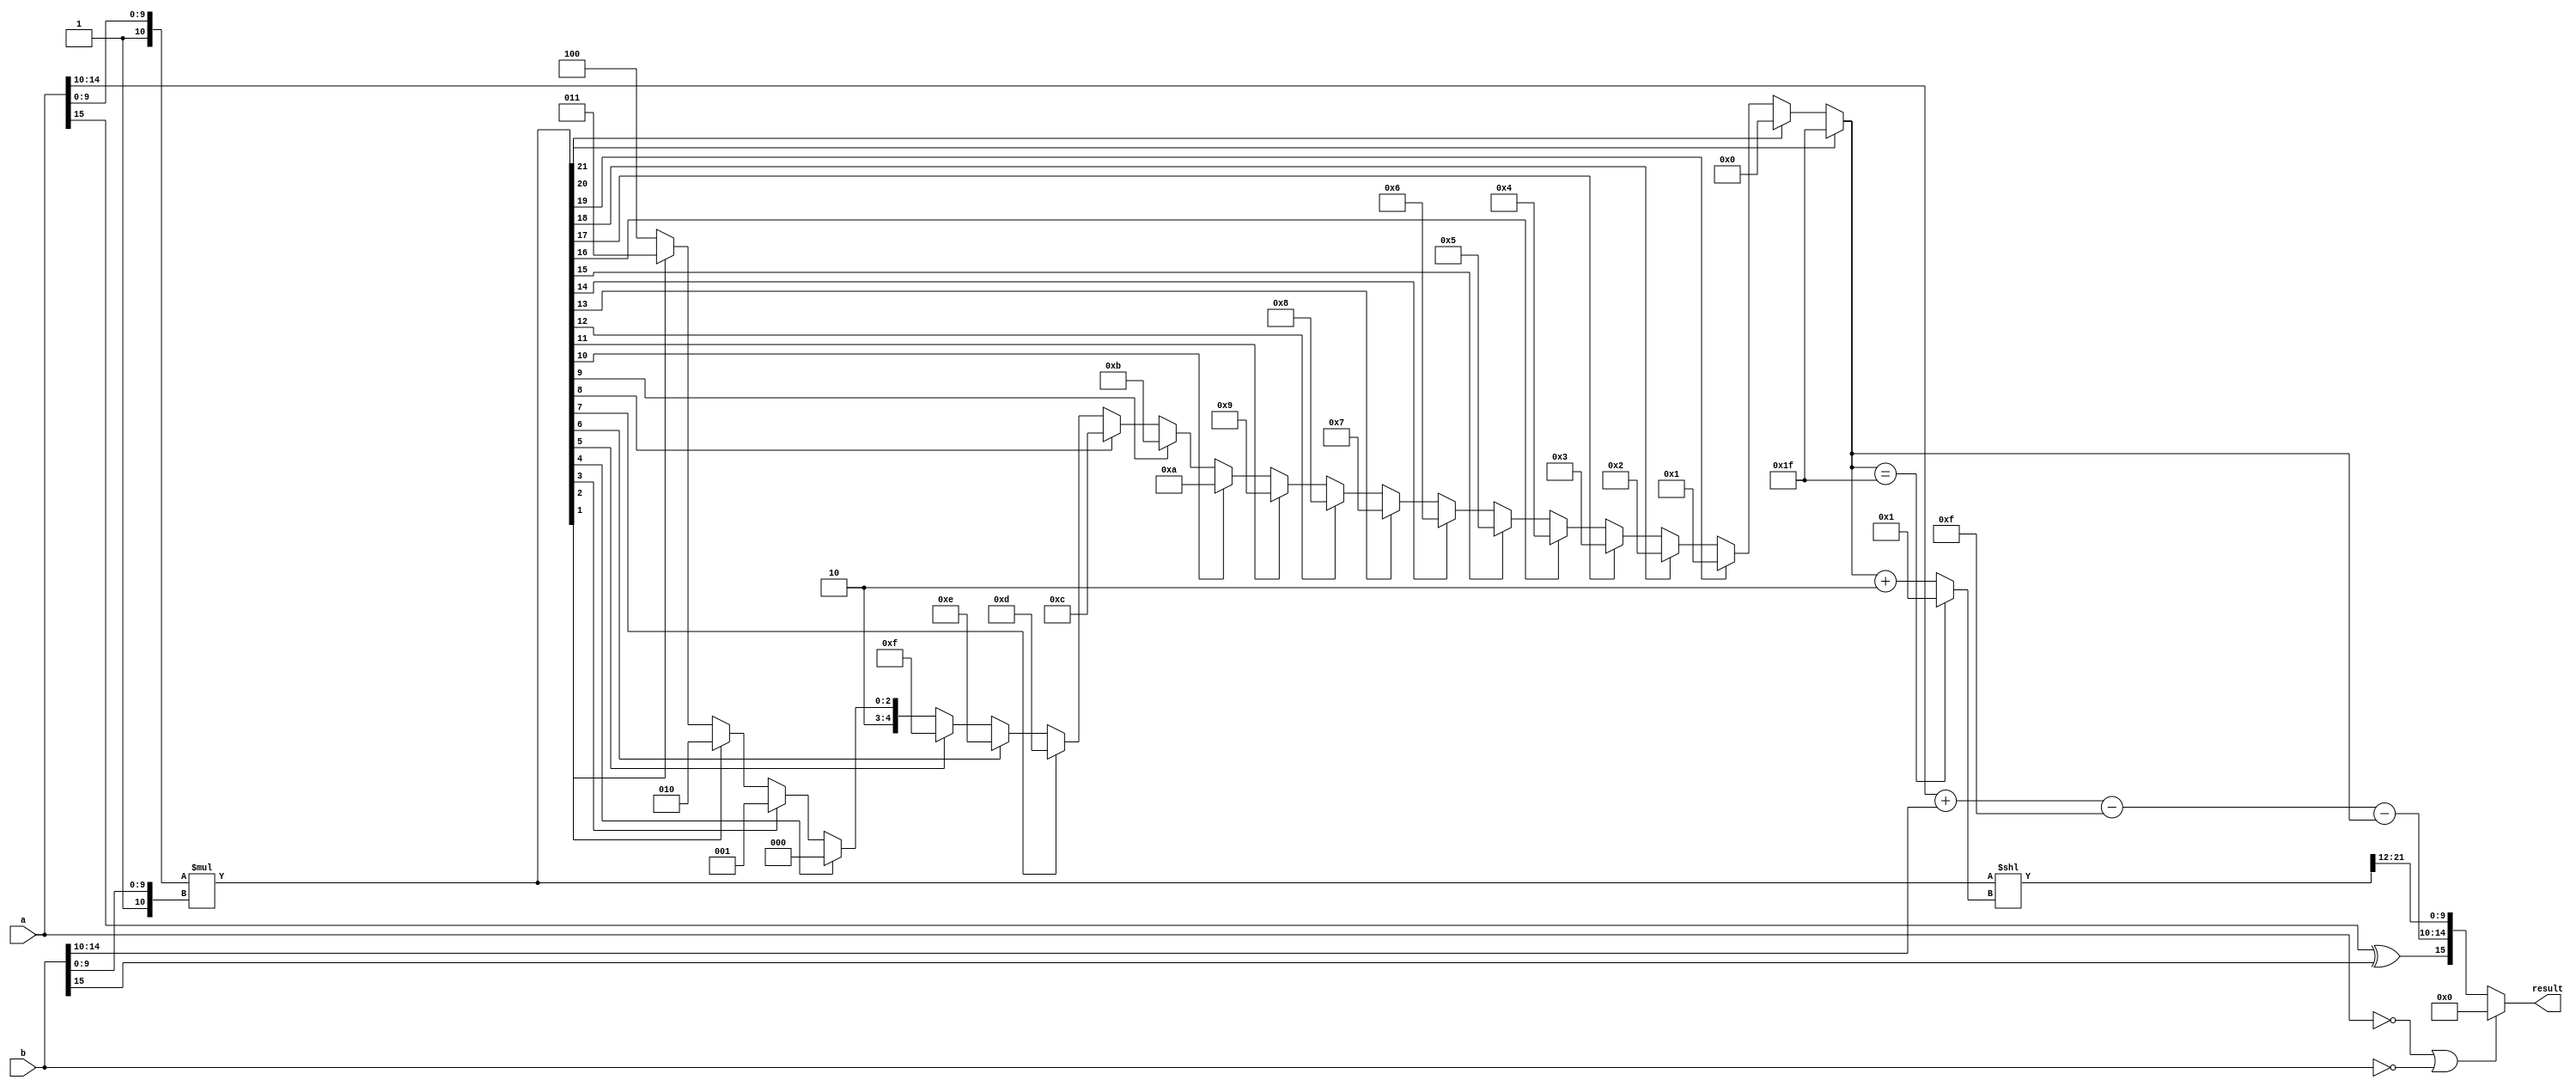
module Multiply (a, b, result);
  input [15:0] a, b;
  output [15:0] result;
  
  wire [10:0] c1, c2;
  wire [21:0] temp, temp1;
  wire [15:0] re, fb;
  wire [4:0] ex;
  
  assign re[15] = a[15] ^ b[15];

  
  assign c1[10] = 1;
  assign c1[9:0] = a[9:0];
  
  assign c2[10] = 1;
  assign c2[9:0] = b[9:0];
  
  assign temp = c1 * c2;
  assign ex = temp[21] ? 5'h1f: //-1
              temp[20] ? 5'd0:
              temp[19] ? 5'd1:
              temp[18] ? 5'd2:
              temp[17] ? 5'd3:
              temp[16] ? 5'd4:
              temp[15] ? 5'd5:
              temp[14] ? 5'd6:
              temp[13] ? 5'd7:
              temp[12] ? 5'd8:
              temp[11] ? 5'd9:
              temp[10] ? 5'd10:
              temp[9] ? 5'd11:
              temp[8] ? 5'd12:
              temp[7] ? 5'd13:
              temp[6] ? 5'd14:
              temp[5] ? 5'd15:
              temp[4] ? 5'd16:
              temp[3] ? 5'd17:
              temp[2] ? 5'd18:
              temp[1] ? 5'd19: 5'd20;
  assign temp1 = temp << (ex == 5'h1f ? 1: (ex + 2));
  assign re[9:0] = temp1[21:12];
  assign re[14:10] = a[14:10] + b[14:10] - 5'd15 - ex;
  
  assign result = (a == 0 || b == 0) ? 0:re;
endmodule